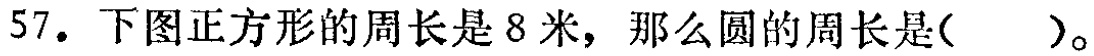
57. 下图正方形的周长是8米，那么圆的周长是( )。